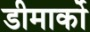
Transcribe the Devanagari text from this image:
डीमार्को